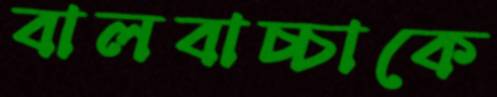
বালবাচ্চাকে